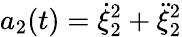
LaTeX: a_{2}(t)=\dot{\xi}_{2}^{2}+\ddot{\xi}_{2}^{2}